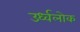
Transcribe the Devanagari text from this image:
उर्ध्वलोक